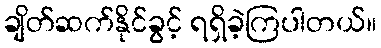
ချိတ်ဆက်နိုင်ခွင့် ရရှိခဲ့ကြပါတယ်။